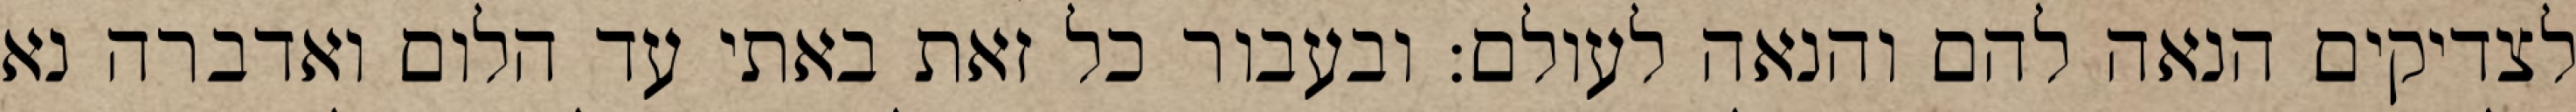
לצדיקים הנאה להם והנאה לעולם: ובעבור כל זאת באתי עד הלום ואדברה נא